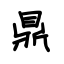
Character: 鼎